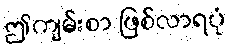
ဤကျမ်းစာ ဖြစ်လာရပုံ